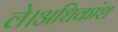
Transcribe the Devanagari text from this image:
ले।अधिकांश